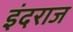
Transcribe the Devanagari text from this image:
इंदराज